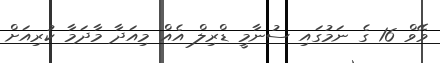
ވޭވް 16 ގެ ނަމުގައި ސުނާމީ ޑްރިލް އެއް މިއަދާ މާދަމާ ކުރިއަށް